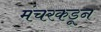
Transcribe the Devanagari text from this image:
मंचरकडून